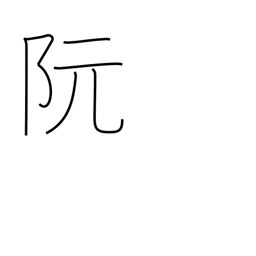
Meaning: place name